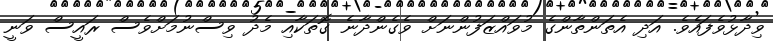
ވިދާޅުވެފައެވެ. އަދި އެތަންތާންގެ މުވައްޒަފުންނަށް ވެގެންދާނެ ގޮތަކާއި މެދު ވިސްނުމަށްވެސް ރައީސް ވަނީ